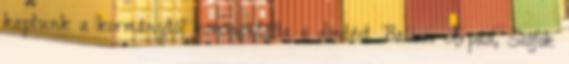
kaptunk a kormánytól kommentálta a döntést Balázs Árpád, Siófok